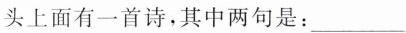
头上面有一首诗，其中两句是：___